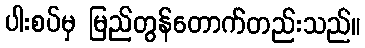
ပါးစပ်မှ မြည်တွန်တောက်တည်းသည်။